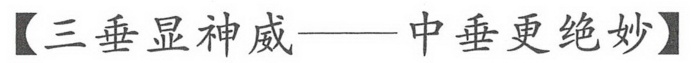
【三垂显神威——中垂更绝妙】